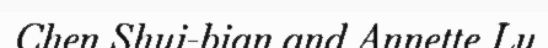
Chen Shui-bian and Annette Lu